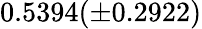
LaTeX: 0.5394(\pm 0.2922)